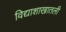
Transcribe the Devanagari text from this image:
विद्याशाखातली